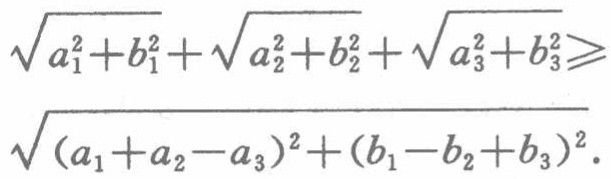
\(\sqrt{a_{1}^{2}+b_{1}^{2}}+\sqrt{a_{2}^{2}+b_{2}^{2}}+\sqrt{a_{3}^{2}+b_{3}^{2}}\geqslant\sqrt{(a_{1}+a_{2}-a_{3})^{2}+(b_{1}-b_{2}+b_{3})^{2}}\)